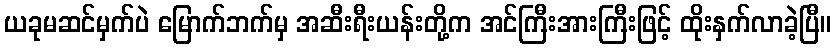
ယခုမဆင်မှက်ပဲ မြောက်ဘက်မှ အဆီးရီးယန်းတို့က အင်ကြီးအားကြီးဖြင့် ထိုးနှက်လာခဲ့ပြီ။